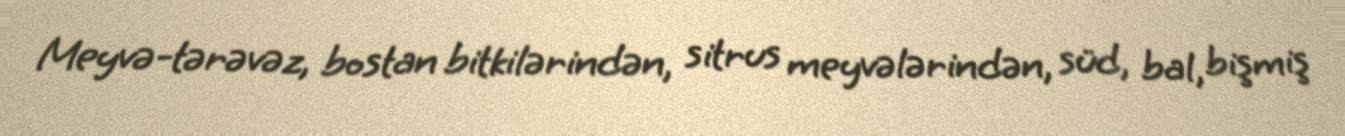
Meyvə-tərəvəz, bostan bitkilərindən, sitrus meyvələrindən, süd, bal, bişmiş